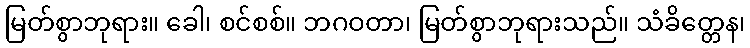
မြတ်စွာဘုရား။ ခေါ၊ စင်စစ်။ ဘဂဝတာ၊ မြတ်စွာဘုရားသည်။ သံခိတ္တေန၊